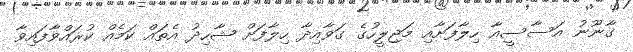
ގާނޫނު އަސާސީއާ ހިލާފަށާއި މަޖިލީހުގެ ގަވާއިދާ ހިލާފަށް ޝާހިދު އެތައް ކަމެއް ކުރައްވާފައިވާ